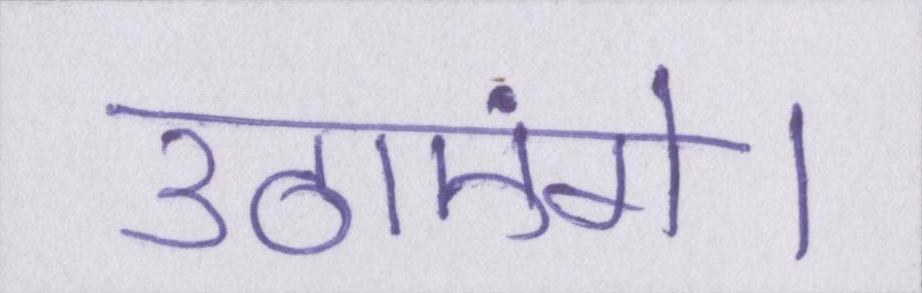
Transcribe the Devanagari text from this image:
उठाएंगे।